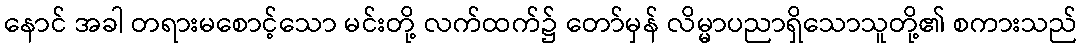
နောင် အခါ တရားမစောင့်သော မင်းတို့ လက်ထက်၌ တော်မှန် လိမ္မာပညာရှိသောသူတို့၏ စကားသည်